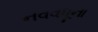
નવવધૂના